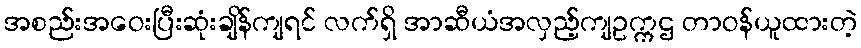
အစည်းအဝေးပြီးဆုံးချိန်ကျရင် လက်ရှိ အာဆီယံအလှည့်ကျဥက္ကဌ တာဝန်ယူထားတဲ့